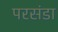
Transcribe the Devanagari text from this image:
परसंडा